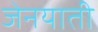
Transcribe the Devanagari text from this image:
जेनयाती